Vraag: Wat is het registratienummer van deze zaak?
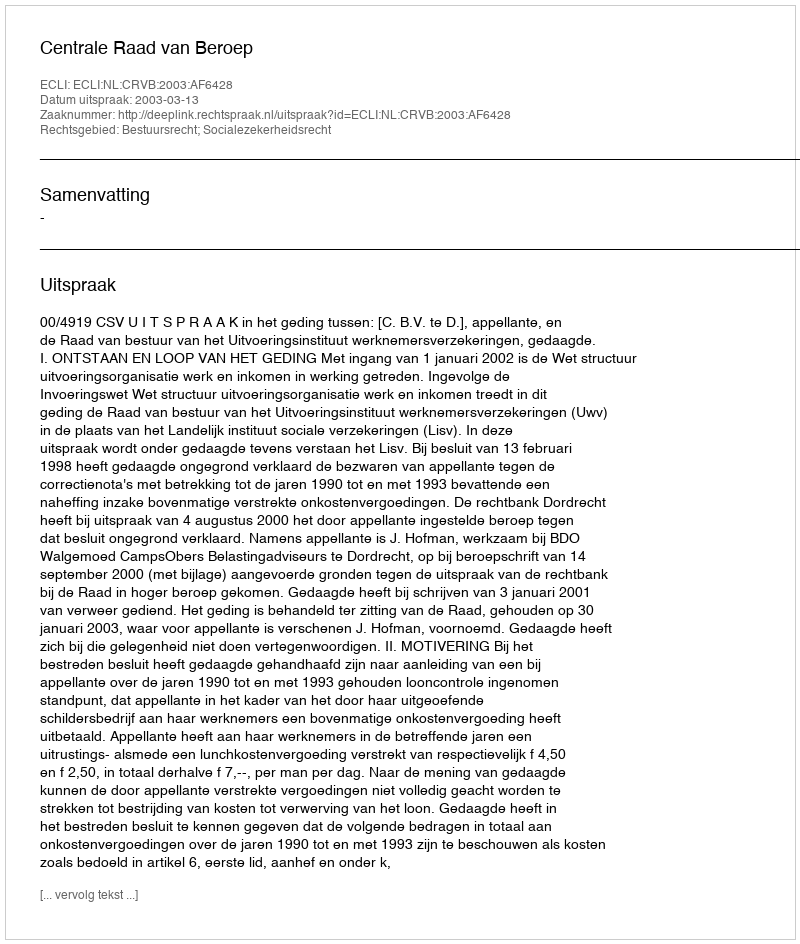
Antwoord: http://deeplink.rechtspraak.nl/uitspraak?id=ECLI:NL:CRVB:2003:AF6428